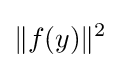
\|f(y)\|^{2}